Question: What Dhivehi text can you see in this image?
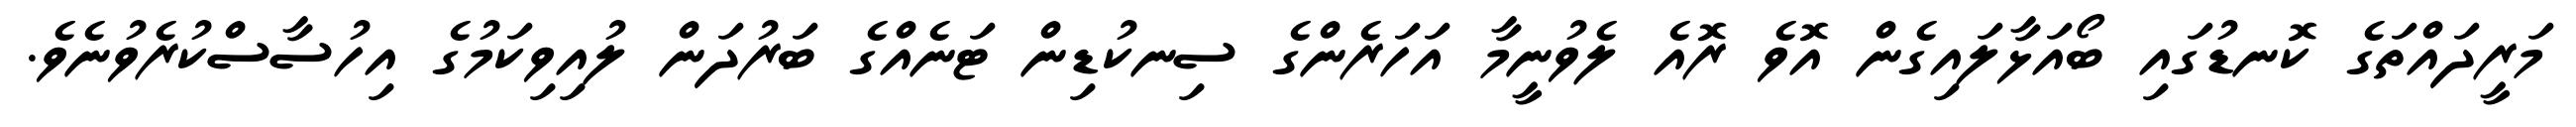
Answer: މަރީދައްތަގެ ކޮނޑުގައި ބޯއަޅާލައިގެން އޮވެ ރޮއެ ލެވުނީމާ އަހަރެންގެ ސިނކުޑިން ޓަނެއްގެ ބަރުދަން ލުއިވިކަމުގެ އިހުސާސްކުރެވުނެވެ.